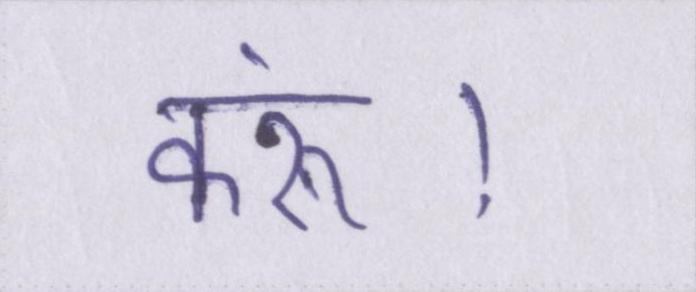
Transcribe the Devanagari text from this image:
करूं।